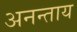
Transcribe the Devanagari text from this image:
अनन्ताय